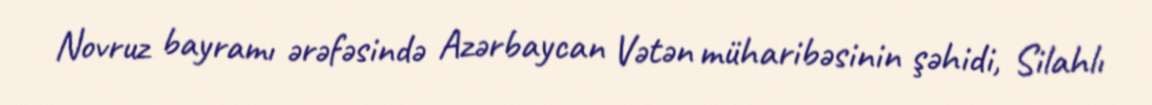
Novruz bayramı ərəfəsində Azərbaycan Vətən müharibəsinin şəhidi, Silahlı